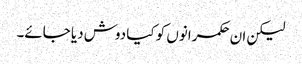
لیکن ان حکمرانوں کو کیا دوش دیا جائے۔